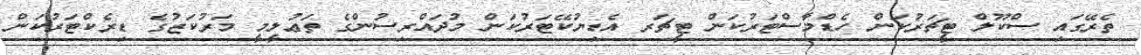
ތެރޭގައި ސްކޫލް ޓީޗަރުކަން ހެޑްމާސްޓަރުކަން ޓީޗަރ އެޑިޔުކޭޓަރުކަން މުދައްރިސުންގެ ތަޢުލީމީ މަރުކަޒުގެ ޑިރެކްޓަރުކަން